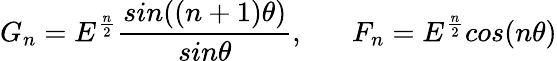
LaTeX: G_{n}=E^{\frac{n}{2}}\frac{sin((n+1)\theta)}{sin\theta},\; \; \; \; \; \; F_{n}=E^{\frac{n}{2}}cos(n\theta)